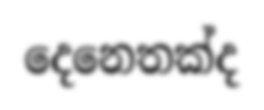
දෙනෙතක්ද